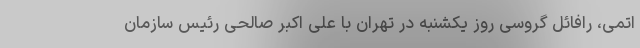
اتمی، رافائل گروسی روز یکشنبه در تهران با علی اکبر صالحی رئیس سازمان